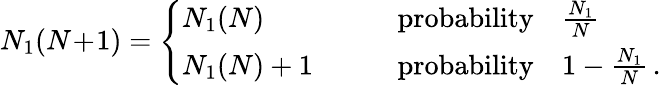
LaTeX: N_{1}(N\! +\! 1)=\left\{ \begin{array}{ll}{N_{1}(N)}&{\qquad\mathrm{probability}\quad\frac{N_{1}}{N}}\\ {N_{1}(N)+1}&{\qquad\mathrm{probability}\quad 1-\frac{N_{1}}{N}\, .}\end{array}\right.